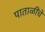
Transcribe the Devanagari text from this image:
पाताळींचें